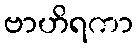
ဗာဟိရကာ